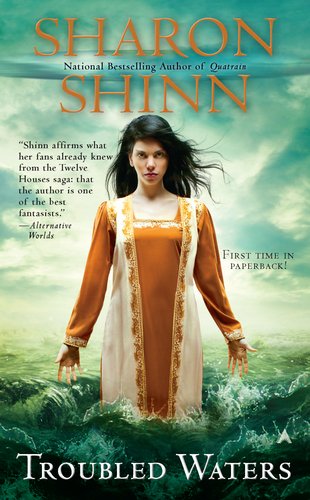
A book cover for Troubled Waters (An Elemental Blessings Novel); Sharon Shinn; Science Fiction & Fantasy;